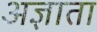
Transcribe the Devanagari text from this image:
अज्ञाता